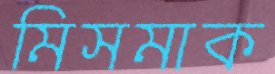
মিসমাক